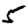
Digit: 5